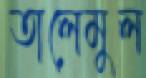
তালেমুল